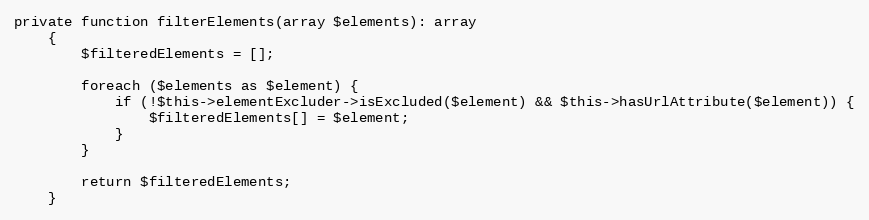
Language: PHP
private function filterElements(array $elements): array
    {
        $filteredElements = [];

        foreach ($elements as $element) {
            if (!$this->elementExcluder->isExcluded($element) && $this->hasUrlAttribute($element)) {
                $filteredElements[] = $element;
            }
        }

        return $filteredElements;
    }